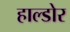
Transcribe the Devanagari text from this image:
हाल्डोर